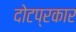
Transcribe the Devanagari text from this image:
दोटप्रकार